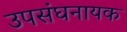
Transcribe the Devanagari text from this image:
उपसंघनायक